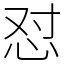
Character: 怼